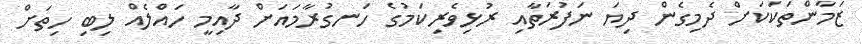
ޒަމާންތަކަކަށް ދެމިގެން ދިޔަ ނަފުރަތާއި ރުޅިވެރިކަމުގެ ހަނގުރާމައަށް ދާއިމީ ހައްލެއް ލިބި ހިތަށް